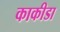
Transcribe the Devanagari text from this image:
काकीडा